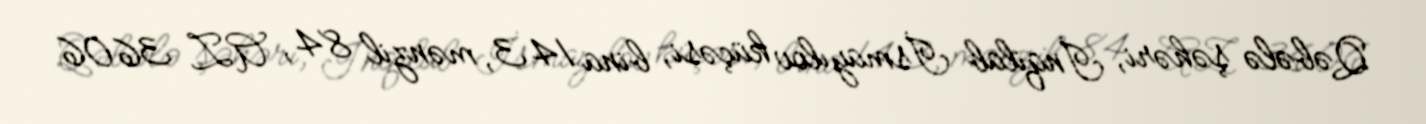
Qəbələ şəhəri, İnqilab İsmayılov küçəsi, bina 143, mənzil 84, AZ 3606